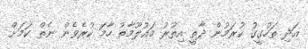
އަދި ތަހުގީގު ކުރަމުން ދާތީ އިތުރު މައުލޫމާތު ހާމަ ކުރެވެން ނެތް ކަމަށް